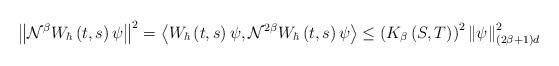
LaTeX: \begin{align*}\left\Vert \mathcal{N}^{\beta}W_{\hbar}\left( t,s\right) \psi\right\Vert^{2}=\left\langle W_{\hbar}\left( t,s\right) \psi,\mathcal{N}^{2\beta}W_{\hbar}\left( t,s\right) \psi\right\rangle \leq\left( K_{\beta}\left(S,T\right) \right) ^{2}\left\Vert \psi\right\Vert _{\left( 2\beta+1\right)d}^{2} \end{align*}